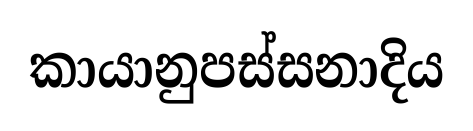
කායානුපස්සනාදිය